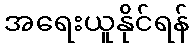
အရေးယူနိုင်ရန်